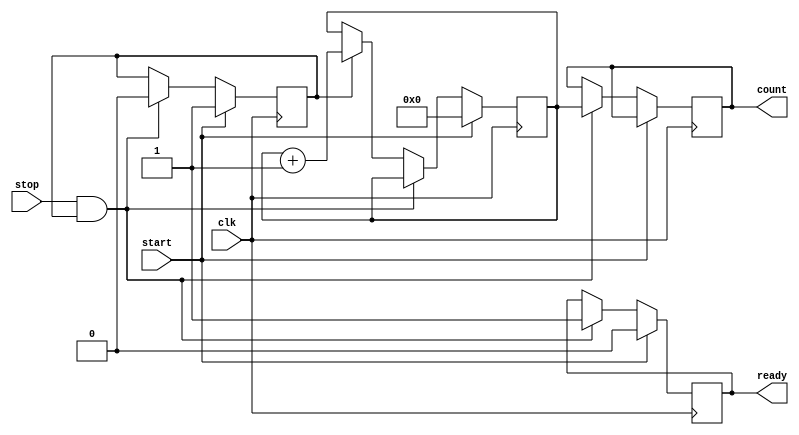
module TDC (
    input wire clk,           // High-frequency clock input
    input wire start,         // Start signal
    input wire stop,          // Stop signal
    output reg [15:0] count,  // Output register for the measured time interval
    output reg ready          // Signal to indicate that the measurement is ready
);

    reg [15:0] counter;       // 16-bit counter for counting clock cycles
    reg measuring;            // State to indicate if measuring is active

    // Clock generator (for simulation purposes, we assume clk is provided externally)
    // In a real design, this could be an on-chip oscillator or an external clock source.

    // Counter process
    always @(posedge clk) begin
        if (start) begin
            counter <= 16'b0;  // Reset counter on start signal
            measuring <= 1'b1;  // Start measuring
            ready <= 1'b0;      // Not ready until measurement is complete
        end else if (stop && measuring) begin
            measuring <= 1'b0;  // Stop measuring
            count <= counter;    // Capture the count value
            ready <= 1'b1;      // Indicate that the measurement is ready
        end else if (measuring) begin
            counter <= counter + 1; // Increment counter on each clock cycle
        end
    end

    // Optional: Digital Calibration Unit can be added here for calibration adjustments

endmodule